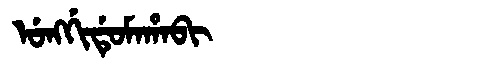
Manchu: ᡠᠩᡤᡳᡩᡠᠮᠠᡥᠠᠪᡳ
Romanization: UNGGIDUMAHABI